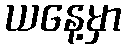
ယနေ့မှာ